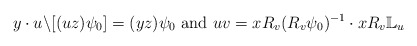
\begin{align*}y\cdot u\backslash [(uz)\psi_0]=(yz)\psi_0~\textrm{and}~uv=xR_v(R_v\psi_0)^{-1}\cdot xR_v\mathbb{L}_u\end{align*}